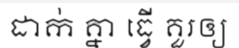
ដាក់ គ្នា ធ្វើ គួរឲ្យ